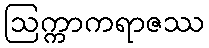
ဩက္ကာကရာဇဿ